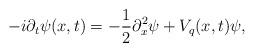
LaTeX: \begin{align*}-i \partial_t \psi(x,t) = -\frac{1}{2} \partial_x^2 \psi + V_q(x,t) \psi , \end{align*}